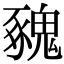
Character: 𩳥